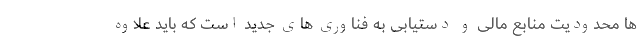
ها محدودیت منابع مالی و دستیابی به فناوری های جدید است که باید علاوه